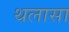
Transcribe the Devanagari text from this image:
थलासा